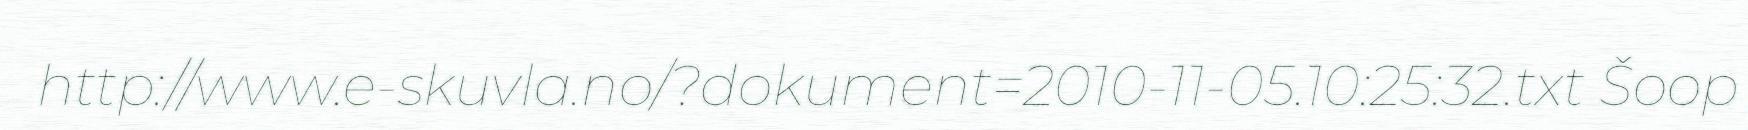
http://www.e-skuvla.no/?dokument=2010-11-05.10:25:32.txt Šoop